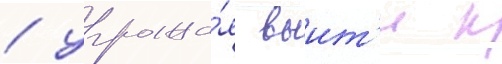
/ угрожа́я выит'и к